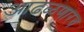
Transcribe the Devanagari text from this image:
आढळणारच